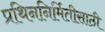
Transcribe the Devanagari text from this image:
प्रथिननिर्मितीसाठी